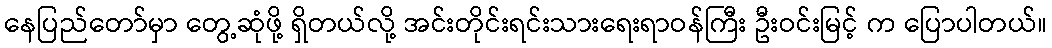
နေပြည်တော်မှာ တွေ့ဆုံဖို့ ရှိတယ်လို့ အင်းတိုင်းရင်းသားရေးရာဝန်ကြီး ဦးဝင်းမြင့် က ပြောပါတယ်။